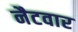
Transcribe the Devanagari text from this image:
नैटवार